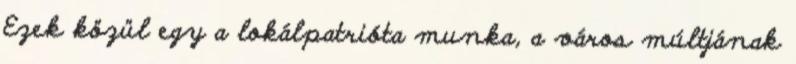
Ezek közül egy a lokálpatrióta munka, a város múltjának